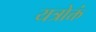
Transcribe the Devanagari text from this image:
यत्रोक्तं